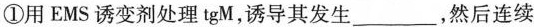
①用EMS诱变剂处理tgM，诱导其发生___，然后连续